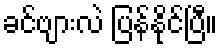
ခင်ဗျားလဲ ပြန်နိုင်ပြီ။